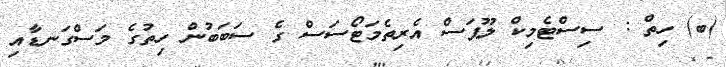
(ބ) ހިތް : ސިސްޓެމިކް ލޫޕަސް އެރިތެމަޓޯސަސް ގެ ސަބަބުން ހިތުގެ މަސްގަނޑާއި